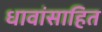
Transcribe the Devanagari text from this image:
धावांसाहित